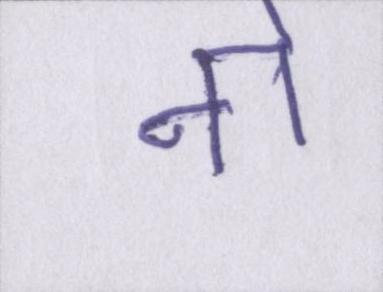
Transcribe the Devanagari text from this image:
नो